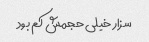
سزار خیلی حجمش کم بود